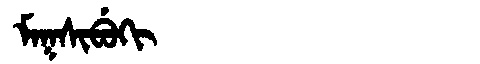
Manchu: ᠮᠠᡴᠰᡳᠪᡠᡴᡳ
Romanization: MAKSIBUKI